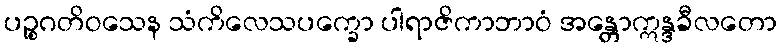
ပဉ္စဂတိဝသေန သံကိလေသပက္ခော ပါရာဇိကာဘာဝံ အန္တောဣန္ဒခီလတော